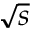
\sqrt { s }